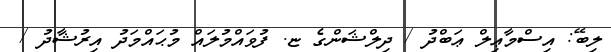
ލިބޭ: އިސްމާޢިލް ޢަބްދު / ދިލްޝަންގެ ޏ. ފުވައްމުލައް މުޙައްމަދު އިރުޝާދު /